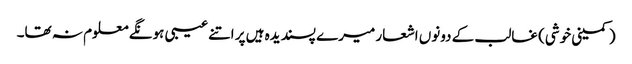
(کمینی خوشی) غالب کے دونوں اشعار میرے پسندیدہ ہیں پر اتنے عیبی ہونگے معلوم نہ تھا۔